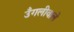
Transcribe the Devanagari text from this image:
उँगलीवाले